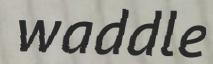
waddle